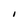
Character: I